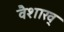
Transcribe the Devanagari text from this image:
वैशाख्